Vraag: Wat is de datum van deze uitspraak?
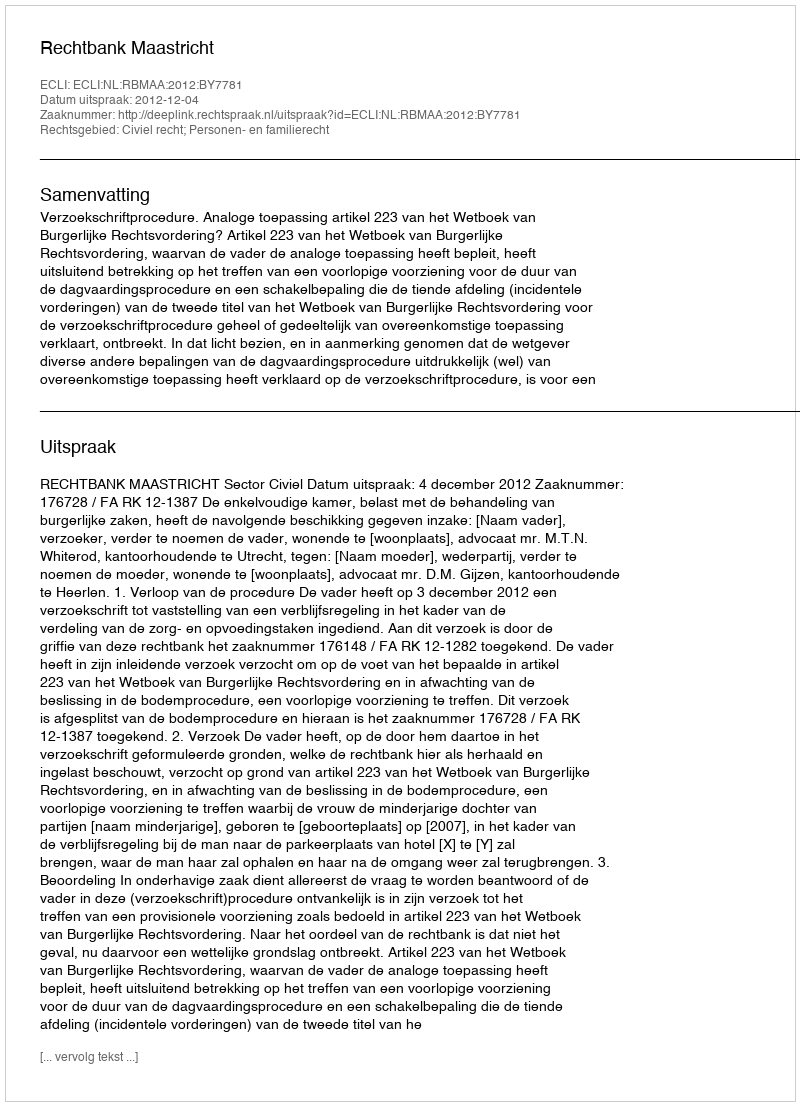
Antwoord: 2012-12-04